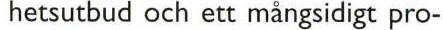
hetsutbud och ett mångsidigt pro-